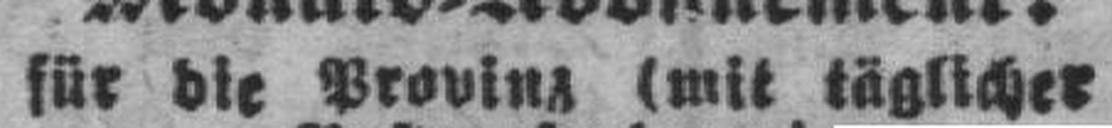
für die Provinz (mit täglicher